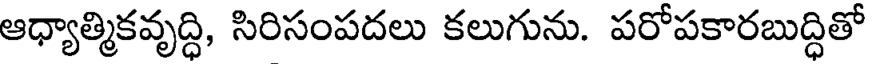
ఆధ్యాత్మికవృద్ధి, సిరిసంపదలు కలుగును. పరోపకారబుద్ధితో